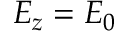
E _ { z } = E _ { 0 }